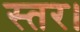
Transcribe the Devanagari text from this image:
स्तर।